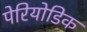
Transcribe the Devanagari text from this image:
पेरियोडिक